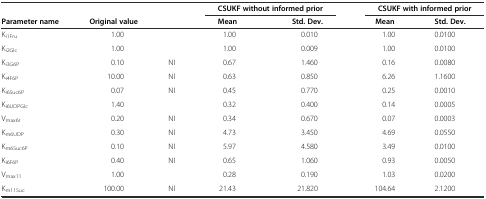
<table><thead><tr><td></td><td></td><td></td><td colspan="2"><b>CSUKF without informed prior</b></td><td colspan="2"><b>CSUKF with informed prior</b></td></tr><tr><td><b>Parameter name</b></td><td><b>Original value</b></td><td></td><td><b>Mean</b></td><td><b>Std. Dev.</b></td><td><b>Mean</b></td><td><b>Std. Dev.</b></td></tr></thead><tbody><tr><td>K<sub>i1Fru</sub></td><td>1.00</td><td></td><td>1.00</td><td>0.010</td><td>1.00</td><td>0.0100</td></tr><tr><td>K<sub>i2Glc</sub></td><td>1.00</td><td></td><td>1.00</td><td>0.009</td><td>1.00</td><td>0.0100</td></tr><tr><td>K<sub>i3G6P</sub></td><td>0.10</td><td>NI</td><td>0.67</td><td>1.460</td><td>0.16</td><td>0.0080</td></tr><tr><td>K<sub>i4F6P</sub></td><td>10.00</td><td>NI</td><td>0.63</td><td>0.850</td><td>6.26</td><td>1.1600</td></tr><tr><td>K<sub>i6Suc6P</sub></td><td>0.07</td><td>NI</td><td>0.45</td><td>0.770</td><td>0.25</td><td>0.0010</td></tr><tr><td>K<sub>i6UDPGlc</sub></td><td>1.40</td><td></td><td>0.32</td><td>0.400</td><td>0.14</td><td>0.0005</td></tr><tr><td>V<sub>max6r</sub></td><td>0.20</td><td>NI</td><td>0.34</td><td>0.670</td><td>0.07</td><td>0.0003</td></tr><tr><td>K<sub>m6UDP</sub></td><td>0.30</td><td>NI</td><td>4.73</td><td>3.450</td><td>4.69</td><td>0.0550</td></tr><tr><td>K<sub>m6Suc6P</sub></td><td>0.10</td><td>NI</td><td>5.97</td><td>4.580</td><td>3.49</td><td>0.0100</td></tr><tr><td>K<sub>i6F6P</sub></td><td>0.40</td><td>NI</td><td>0.65</td><td>1.060</td><td>0.93</td><td>0.0050</td></tr><tr><td>V<sub>max11</sub></td><td>1.00</td><td></td><td>0.28</td><td>0.190</td><td>1.03</td><td>0.0200</td></tr><tr><td>K<sub>m11Suc</sub></td><td>100.00</td><td>NI</td><td>21.43</td><td>21.820</td><td>104.64</td><td>2.1200</td></tr></tbody></table>